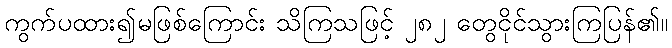
ကွက်ပထား၍မဖြစ်ကြောင်း သိကြသဖြင့် ၂၈၂ တွေငိုင်သွားကြပြန်၏။